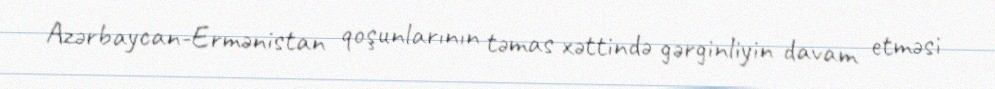
Azərbaycan-Ermənistan qoşunlarının təmas xəttində gərginliyin davam etməsi